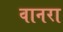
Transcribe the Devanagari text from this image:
वानरा